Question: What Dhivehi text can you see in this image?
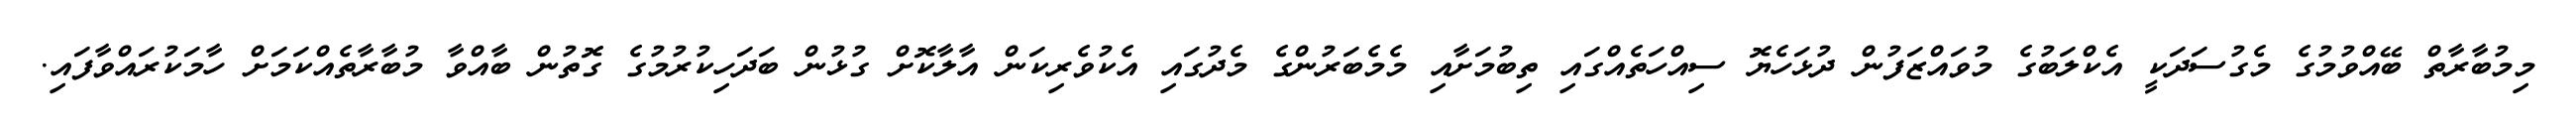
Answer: މިމުބާރާތް ބޭއްވުމުގެ މެގުސަދަކީ އެކްލަބުގެ މުވައްޒަފުން ދުޅަހެޔޮ ސިއްހަތެއްގައި ތިބުމަށާއި މެމެބަރުންގެ މެދުގައި އެކުވެރިކަން އާލާކޮށް ގުޅުން ބަދަހިކުރުމުގެ ގޮތުން ބާއްވާ މުބާރާތެއްކަމަށް ހާމަކުރައްވާފައި.